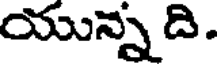
యున్న ది.